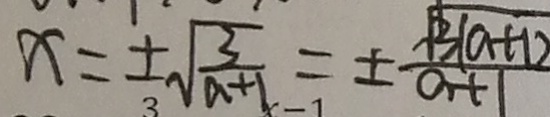
x = \pm \sqrt { \frac { 3 } { a + 1 } } = \pm \frac { \sqrt { 3 ( a + 1 ) } } { a + 1 }